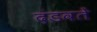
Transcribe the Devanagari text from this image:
दंडवतें